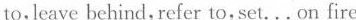
to,leave behind,refer to,set...On fire